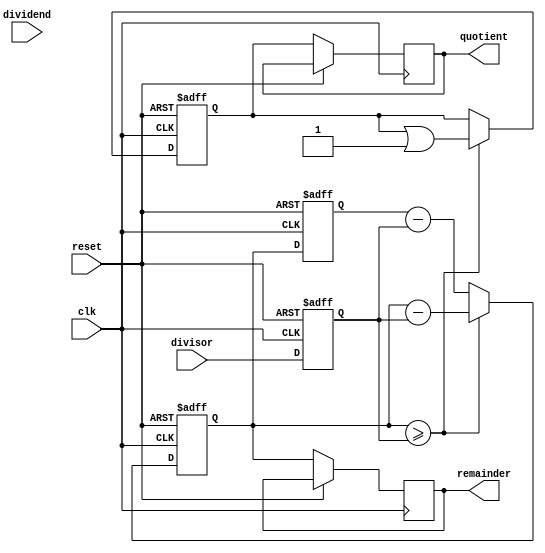
module pipelined_divider (
    input wire [31:0] dividend,
    input wire [31:0] divisor,
    output reg [31:0] quotient,
    output reg [31:0] remainder,
    input wire clk,
    input wire reset
);

reg [31:0] temp_dividend;
reg [31:0] temp_divisor;
reg [31:0] temp_quotient;
reg [31:0] temp_remainder;

always @(posedge clk or posedge reset) begin
    if (reset) begin
        temp_dividend <= 32'h0;
        temp_divisor <= 32'h0;
        temp_quotient <= 32'h0;
        temp_remainder <= 32'h0;
    end else begin
        temp_dividend <= dividend;
        temp_divisor <= divisor;
        
        // Pipeline stages for division
        // Stage 1: Subtract divisor from dividend
        temp_remainder <= temp_dividend - temp_divisor;
        // Stage 2: Update dividend with remainder
        temp_dividend <= temp_remainder;
        // Stage 3: Check if remainder is greater than or equal to divisor
        if (temp_remainder >= temp_divisor) begin
            temp_quotient <= temp_quotient | (1 << 0);
            temp_remainder <= temp_remainder - temp_divisor;
        end
        // Repeat stages for remaining bits of quotient
        // ... add more stages as needed
        
        // Final results
        quotient <= temp_quotient;
        remainder <= temp_remainder;
    end
end

endmodule